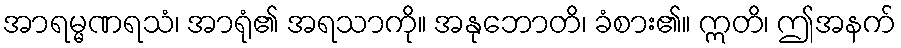
အာရမ္မဏရသံ၊ အာရုံ၏ အရသာကို။ အနုဘောတိ၊ ခံစား၏။ ဣတိ၊ ဤအနက်